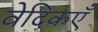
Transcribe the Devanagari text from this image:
वेदिकएँ